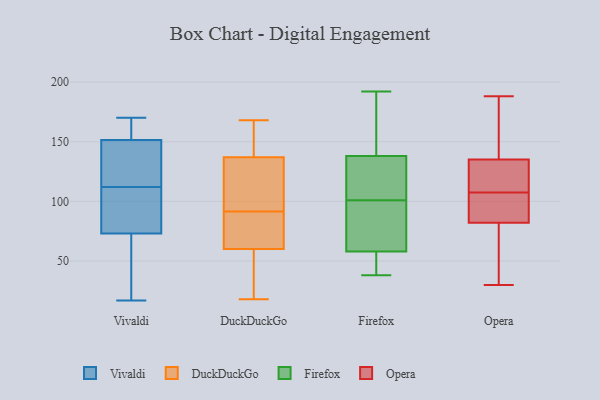
{"axis": {"x": "Bounce Rate (%)", "y": "Value"}, "legend": ["DuckDuckGo", "Firefox", "Opera", "Vivaldi"], "data": [{"x": "", "y": 168, "type": "Vivaldi"}, {"x": "", "y": 103, "type": "Vivaldi"}, {"x": "", "y": 119, "type": "Vivaldi"}, {"x": "", "y": 114, "type": "Vivaldi"}, {"x": "", "y": 52, "type": "Vivaldi"}, {"x": "", "y": 151, "type": "Vivaldi"}, {"x": "", "y": 132, "type": "Vivaldi"}, {"x": "", "y": 110, "type": "Vivaldi"}, {"x": "", "y": 156, "type": "Vivaldi"}, {"x": "", "y": 60, "type": "Vivaldi"}, {"x": "", "y": 19, "type": "Vivaldi"}, {"x": "", "y": 106, "type": "Vivaldi"}, {"x": "", "y": 170, "type": "Vivaldi"}, {"x": "", "y": 17, "type": "Vivaldi"}, {"x": "", "y": 86, "type": "Vivaldi"}, {"x": "", "y": 152, "type": "Vivaldi"}, {"x": "", "y": 137, "type": "DuckDuckGo"}, {"x": "", "y": 121, "type": "DuckDuckGo"}, {"x": "", "y": 18, "type": "DuckDuckGo"}, {"x": "", "y": 60, "type": "DuckDuckGo"}, {"x": "", "y": 168, "type": "DuckDuckGo"}, {"x": "", "y": 166, "type": "DuckDuckGo"}, {"x": "", "y": 26, "type": "DuckDuckGo"}, {"x": "", "y": 98, "type": "DuckDuckGo"}, {"x": "", "y": 85, "type": "DuckDuckGo"}, {"x": "", "y": 83, "type": "DuckDuckGo"}, {"x": "", "y": 82, "type": "Firefox"}, {"x": "", "y": 148, "type": "Firefox"}, {"x": "", "y": 120, "type": "Firefox"}, {"x": "", "y": 38, "type": "Firefox"}, {"x": "", "y": 145, "type": "Firefox"}, {"x": "", "y": 44, "type": "Firefox"}, {"x": "", "y": 145, "type": "Firefox"}, {"x": "", "y": 128, "type": "Firefox"}, {"x": "", "y": 79, "type": "Firefox"}, {"x": "", "y": 55, "type": "Firefox"}, {"x": "", "y": 136, "type": "Firefox"}, {"x": "", "y": 138, "type": "Firefox"}, {"x": "", "y": 81, "type": "Firefox"}, {"x": "", "y": 123, "type": "Firefox"}, {"x": "", "y": 46, "type": "Firefox"}, {"x": "", "y": 192, "type": "Firefox"}, {"x": "", "y": 68, "type": "Firefox"}, {"x": "", "y": 58, "type": "Firefox"}, {"x": "", "y": 172, "type": "Opera"}, {"x": "", "y": 92, "type": "Opera"}, {"x": "", "y": 188, "type": "Opera"}, {"x": "", "y": 153, "type": "Opera"}, {"x": "", "y": 95, "type": "Opera"}, {"x": "", "y": 106, "type": "Opera"}, {"x": "", "y": 82, "type": "Opera"}, {"x": "", "y": 135, "type": "Opera"}, {"x": "", "y": 30, "type": "Opera"}, {"x": "", "y": 109, "type": "Opera"}, {"x": "", "y": 69, "type": "Opera"}, {"x": "", "y": 51, "type": "Opera"}, {"x": "", "y": 112, "type": "Opera"}, {"x": "", "y": 116, "type": "Opera"}]}